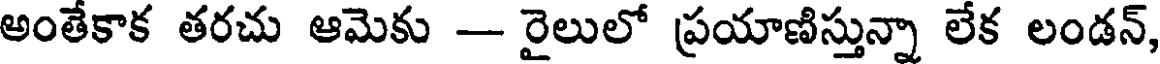
అంతేకాక తరచు ఆమెకు -- రైలులో ప్రయాణిస్తున్నా లేక లండన్,